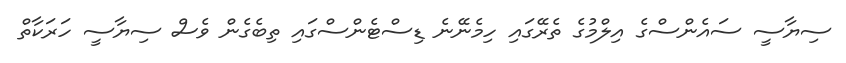
ސިޔާސީ ސައެންސްގެ އިލްމުގެ ތެރޭގައި ހިމެނޭނެ ޑިސްޓެންސްގައި ތިބެގެން ވެސް ސިޔާސީ ހަރަކާތް